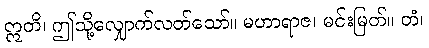
ဣတိ၊ ဤသို့လျှောက်လတ်သော်။ မဟာရာဇ၊ မင်းမြတ်။ တံ၊